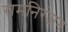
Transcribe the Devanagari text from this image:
रामनिरंजन